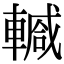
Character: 𨎕